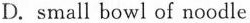
D.small bowl of noodle